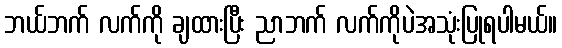
ဘယ်ဘက် လက်ကို ချထားပြီး ညာဘက် လက်ကိုပဲအသုံးပြုရပါမယ်။